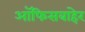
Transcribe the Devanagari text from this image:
ऑफिसबाहेर